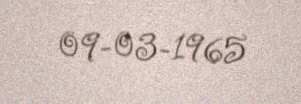
09-03-1965